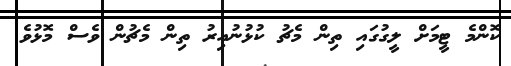
ކޮންމެ ޓީމަށް ލީގުގައި ތިން މެޗު ކުޅުނުއިރު ތިން މެޗުން ވެސް މޮޅުވެ